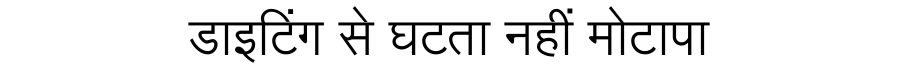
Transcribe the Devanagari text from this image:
डाइटिंग से घटता नहीं मोटापा